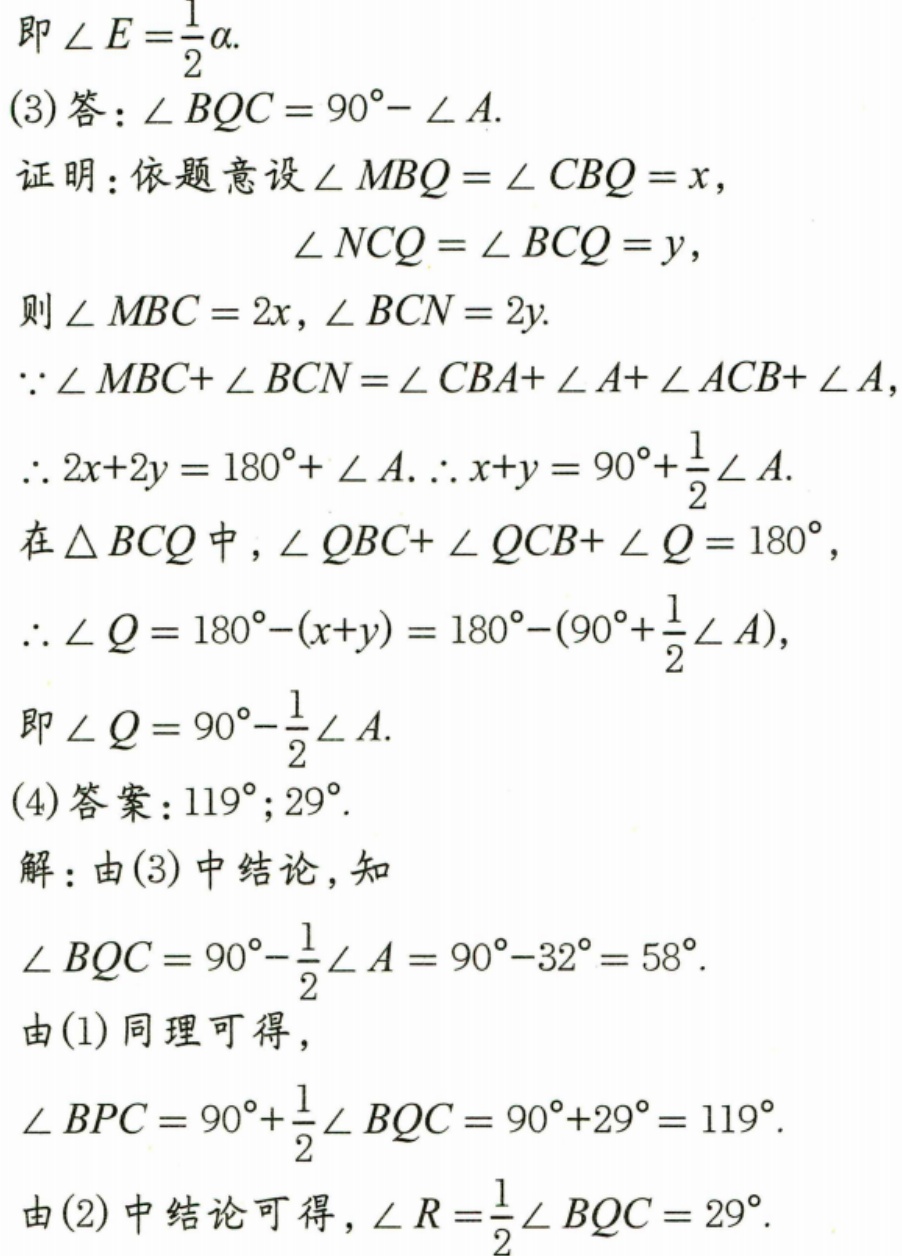
即\(\angle E = \frac{1}{2}\alpha\).
(3)答：\(\angle BQC = 90^{\circ}-\angle A\).
证明：依题意设\(\angle MBQ=\angle CBQ = x\)，
\(\angle NCQ=\angle BCQ = y\)，
则\(\angle MBC = 2x\)，\(\angle BCN = 2y\).
\(\because\angle MBC+\angle BCN=\angle CBA+\angle A+\angle ACB+\angle A\)，
\(\therefore 2x + 2y=180^{\circ}+\angle A\). \(\therefore x + y=90^{\circ}+\frac{1}{2}\angle A\).
在\(\triangle BCQ\)中，\(\angle QBC+\angle QCB+\angle Q = 180^{\circ}\)，
\(\therefore\angle Q=180^{\circ}-(x + y)=180^{\circ}-(90^{\circ}+\frac{1}{2}\angle A)\)，
即\(\angle Q = 90^{\circ}-\frac{1}{2}\angle A\).
(4)答案：\(119^{\circ}\)；\(29^{\circ}\).
解：由(3)中结论，知
\(\angle BQC=90^{\circ}-\frac{1}{2}\angle A = 90^{\circ}-32^{\circ}=58^{\circ}\).
由(1)同理可得，
\(\angle BPC=90^{\circ}+\frac{1}{2}\angle BQC=90^{\circ}+29^{\circ}=119^{\circ}\).
由(2)中结论可得，\(\angle R=\frac{1}{2}\angle BQC = 29^{\circ}\).